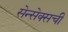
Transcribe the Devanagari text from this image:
सेन्सेक्सची